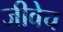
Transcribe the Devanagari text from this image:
जीवेच